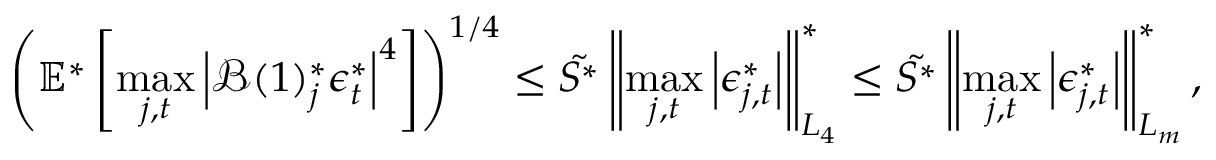
\left( \mathbb { E } ^ { * } \left[ \operatorname* { m a x } _ { j , t } \left\lvert \mathcal { B } ( 1 ) _ { j } ^ { * } \boldsymbol { \epsilon } _ { t } ^ { * } \right\rvert ^ { 4 } \right] \right) ^ { 1 / 4 } \leq \tilde { S ^ { * } } \left\lVert \operatorname* { m a x } _ { j , t } \left\lvert \epsilon _ { j , t } ^ { * } \right\rvert \right\rVert _ { L _ { 4 } } ^ { * } \leq \tilde { S ^ { * } } \left\lVert \operatorname* { m a x } _ { j , t } \left\lvert \epsilon _ { j , t } ^ { * } \right\rvert \right\rVert _ { L _ { m } } ^ { * } ,